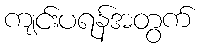
ကျင်းပရန်အတွက်